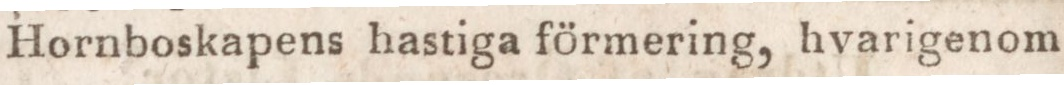
Hornboskapens hastiga förmering, hvarigenom